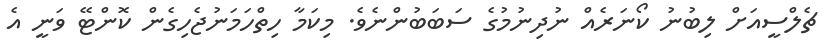
ޗެލްސީއަށް ލިބުނު ކޯނަރެއް ނުދިނުމުގެ ސަބަބުންނެވެ. މިކަމާ ހިތްހަމަނުޖެހިގެން ކޮންޓޭ ވަނީ އެ